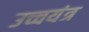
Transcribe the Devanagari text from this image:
उच्चयंत्र